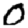
Digit: 0